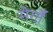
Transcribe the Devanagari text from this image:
मेर्गों